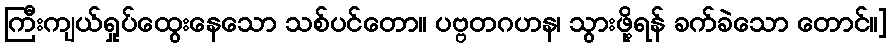
ကြီးကျယ်ရှုပ်ထွေးနေသော သစ်ပင်တော။ ပဗ္ဗတဂဟန၊ သွားဖို့ရန် ခက်ခဲသော တောင်။]